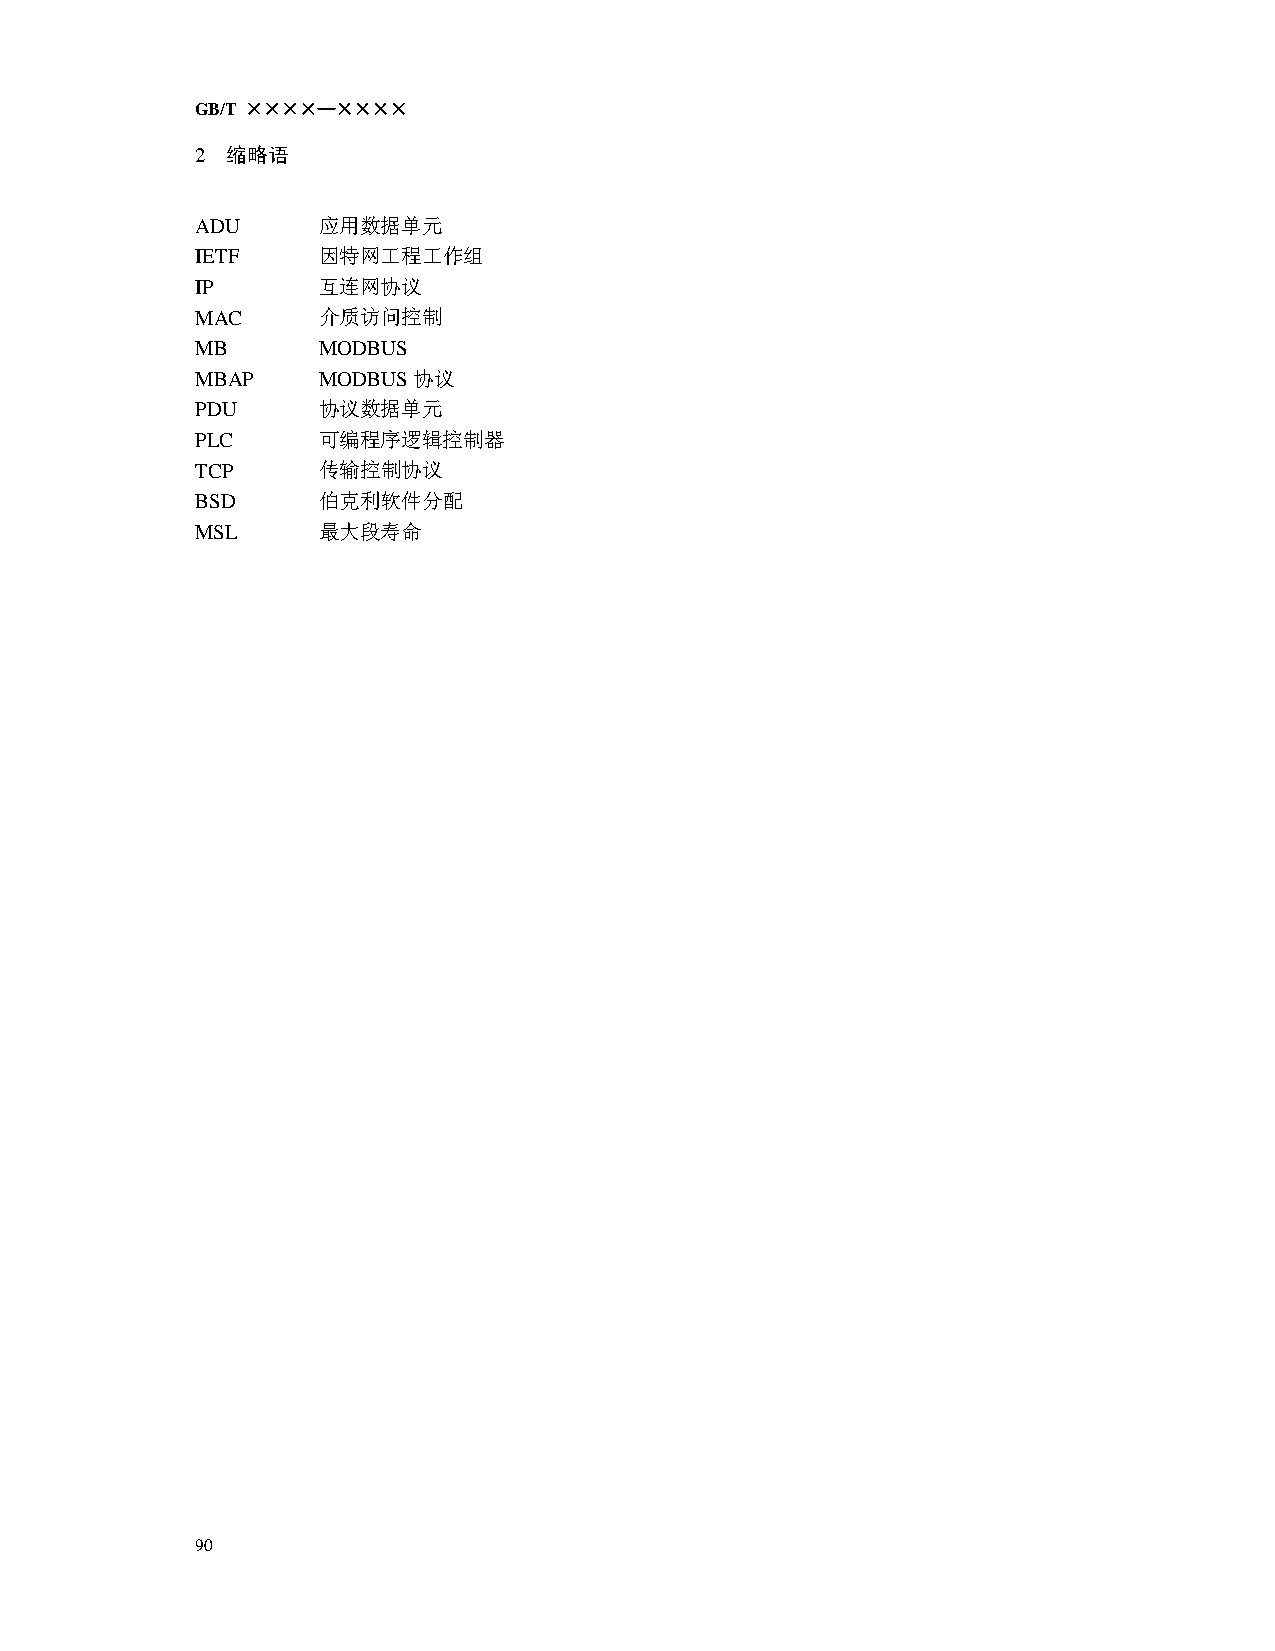
GB/T ××××—××××
 2 缩略语
 ADU     应用数据单元
 IETF    因特网工程工作组
 IP      互连网协议
 MAC     介质访问控制
 MB      MODBUS
 MBAP    MODBUS协议
 PDU     协议数据单元
 PLC     可编程序逻辑控制器
 TCP     传输控制协议
 BSD     伯克利软件分配
 MSL     最大段寿命
 90